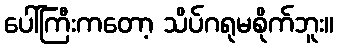
ပေါ်ကြီးကတော့ သိပ်ဂရုမစိုက်ဘူး။